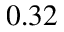
0 . 3 2